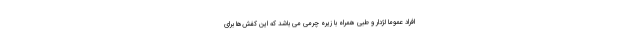
افراد عموما لژدار و طبی همراه با زیره چرمی می باشد که این کفش‌ها برای